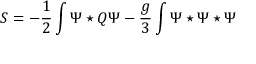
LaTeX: S = - \frac { 1 } { 2 } \int \Psi \star Q \Psi - \frac { g } { 3 } \int \Psi \star \Psi \star \Psi